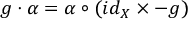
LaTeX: g \cdot \alpha = \alpha \circ ( i d _ { X } \times - g )